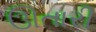
ઊતારી